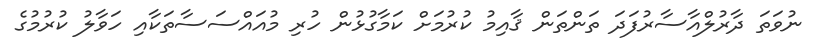
ނުވަތަ ދާރުލްއާސާރުފަދަ ތަންތަން ޤާއިމު ކުރުމަށް ކަމާގުޅުން ހުރި މުއައްސަސާތަކާއި ހަވާލު ކުރުމުގެ